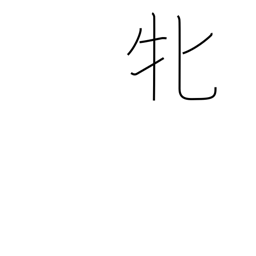
Meaning: female